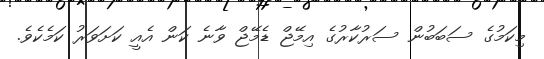
މިކަމުގެ ސަބަބުން ސަރުކާރުގެ އިމޭޖް ޑެމޭޖް ވާނެ ކަން އެއީ ކަށަވަރު ކަމެކެވެ.